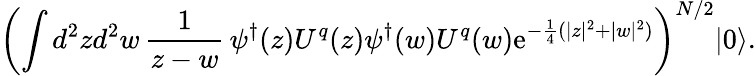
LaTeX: \left(\int d^{2}zd^{2}w\, {\frac{1}{z-w}}\, \psi^{\dagger}(z)U^{q}(z)\psi^{\dagger}(w)U^{q}(w)\mathrm{e}^{-{\frac{1}{4}}(|z|^{2}+|w|^{2})}\right)^{N/2}|0\rangle.